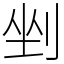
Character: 剉